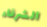
الشرفاء